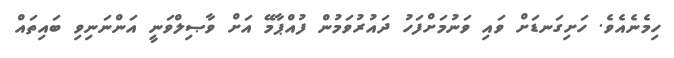
ހިމެނެއެވެ. ހަށިގަނޑަށް ވައި ވަނުމަށްފަހު ދައުރުވަމުން ފުއްޕާމޭ އަށް ވާޞިލްވަނީ އަންނަނިވި ބައިތައް